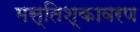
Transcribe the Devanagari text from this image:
मस्तिश्कावरण